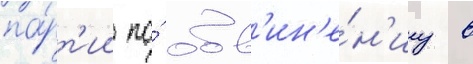
па́рт'ии по́ обв'ин'е́н'иу в